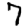
Digit: 7